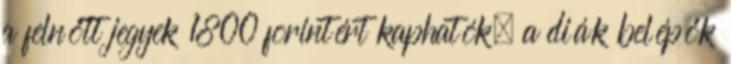
a felnőtt jegyek 1800 forintért kaphatók, a diák belépők